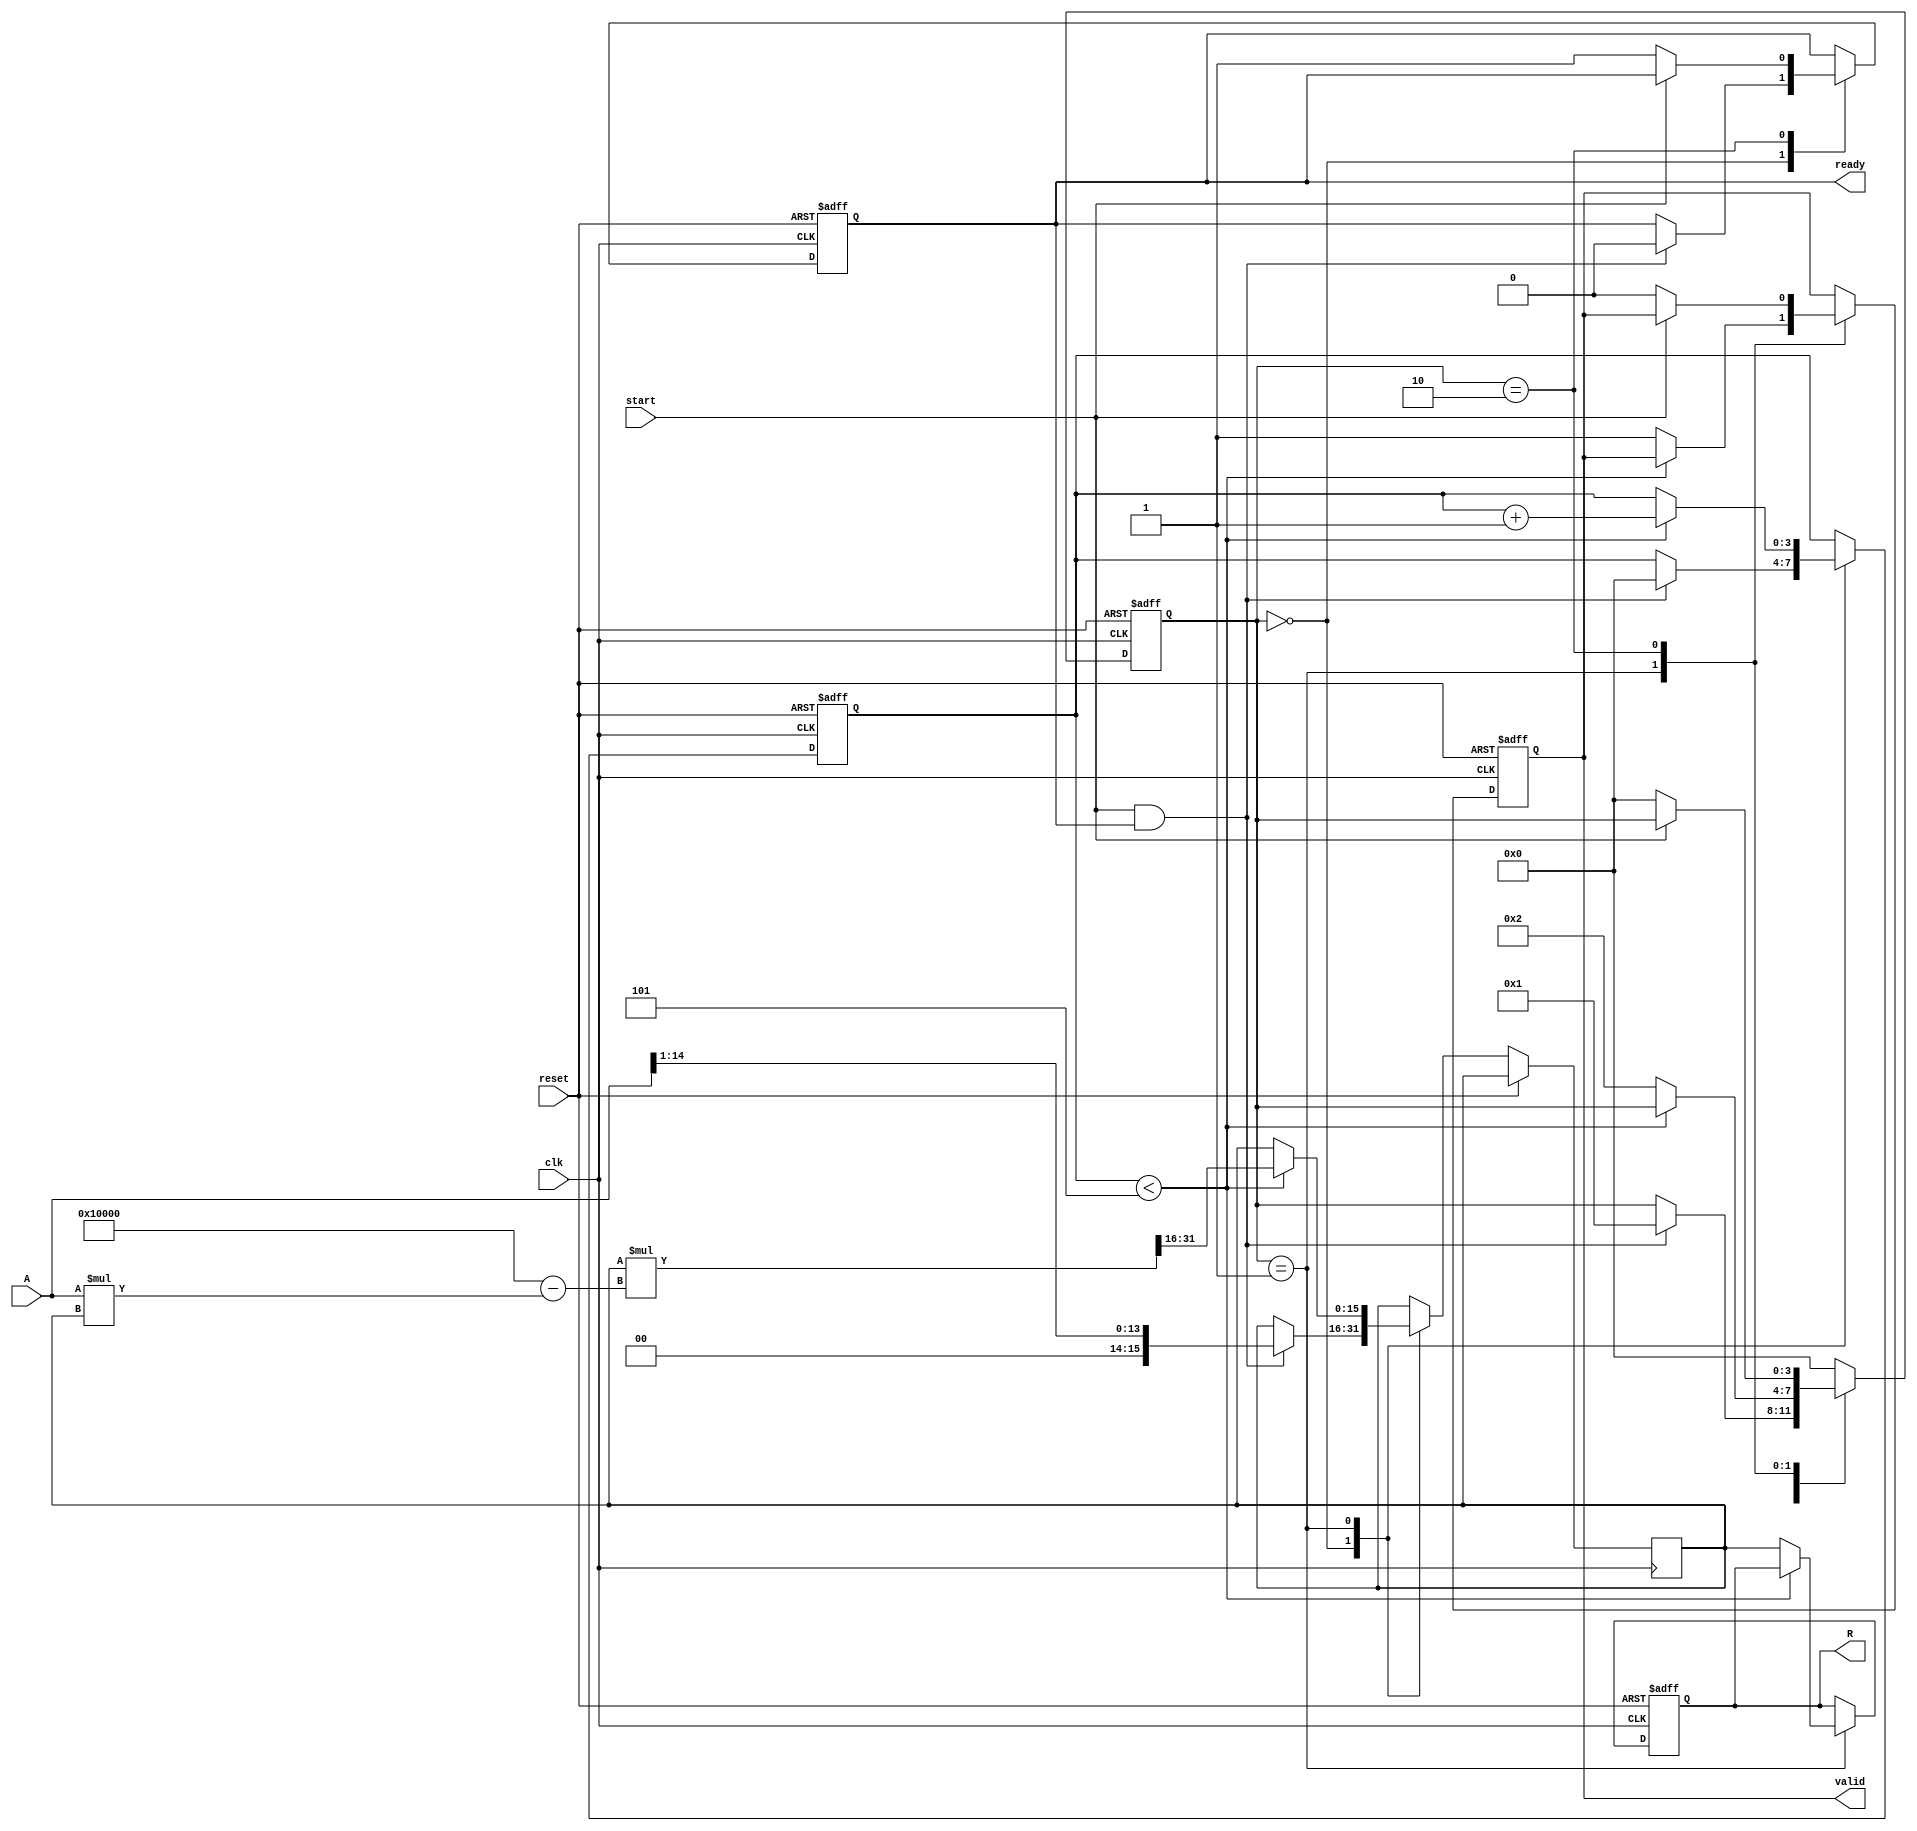
module RUnit #(
    parameter N = 16,          // Width of input and output
    parameter ITERATIONS = 5   // Number of iterations for Newton-Raphson
)(
    input wire clk,
    input wire reset,
    input wire start,
    input wire [N-1:0] A,      // Input signal
    output reg [N-1:0] R,      // Output reciprocal
    output reg valid,           // Output valid signal
    output reg ready            // Ready for new input signal
);

    // Internal states
    reg [N-1:0] x;              // Current approximation
    reg [3:0] state;            // State machine state
    reg [3:0] count;            // Iteration counter

    // State encoding
    localparam IDLE = 4'b0000,
               COMPUTING = 4'b0001,
               OUTPUT = 4'b0010;

    // Initial conditions
    initial begin
        R = 0;
        valid = 0;
        ready = 1;
        state = IDLE;
        count = 0;
    end

    // State machine and computation
    always @(posedge clk or posedge reset) begin
        if (reset) begin
            R <= 0;
            valid <= 0;
            ready <= 1;
            state <= IDLE;
            count <= 0;
        end else begin
            case (state)
                IDLE: begin
                    if (start && ready) begin
                        x <= {1'b0, A[N-2:1]}; // Initial guess (1/A)
                        count <= 0;
                        state <= COMPUTING;
                        ready <= 0; // Not ready for new input
                    end
                end

                COMPUTING: begin
                    if (count < ITERATIONS) begin
                        // Newton-Raphson iteration: x = x * (2 - A * x)
                        x <= x * (2**N - A * x) >> N; // Shift right to maintain precision
                        count <= count + 1;
                    end else begin
                        R <= x; // Final result
                        valid <= 1; // Output is valid
                        state <= OUTPUT;
                    end
                end

                OUTPUT: begin
                    if (!start) begin
                        valid <= 0; // Reset valid signal
                        ready <= 1; // Ready for new input
                        state <= IDLE; // Go back to IDLE state
                    end
                end

                default: state <= IDLE; // Fallback to IDLE
            endcase
        end
    end
endmodule